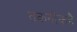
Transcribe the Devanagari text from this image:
तकनीकहै